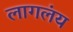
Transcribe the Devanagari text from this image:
लागलंय